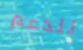
للدعم